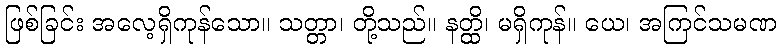
ဖြစ်ခြင်း အလေ့ရှိကုန်သော။ သတ္တာ၊ တို့သည်။ နတ္ထိ၊ မရှိကုန်။ ယေ၊ အကြင်သမဏ